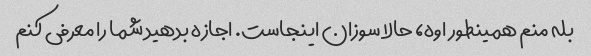
بله منم همینطور اوه، حالا سوزان اینجاست. اجازه بدهید شما را معرفی کنم